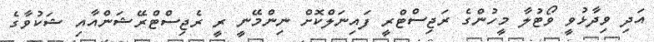
އަދި ވިދާޅުވީ ވޯޓުލާ މީހުންގެ ރަޖިސްޓްރީ ފައިނަލްކޮށް ނިންމޭނީ ރީ ރެޖިސްޓްރޭޝަންއާއި ޝަކުވާގެ